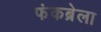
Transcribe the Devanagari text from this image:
फंकब्रेला